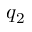
q _ { 2 }